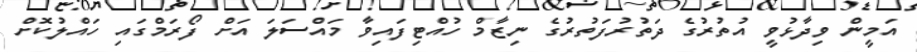
އަމީން ވިދާޅުވީ އުތުރުގެ ދަތުރުފަތުރުގެ ނިޒާމް ހުއްޓިފައިވާ މައްސަލަ އަށް ފޯރަމްގައި ހައްލުކޮށް